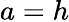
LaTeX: a=h